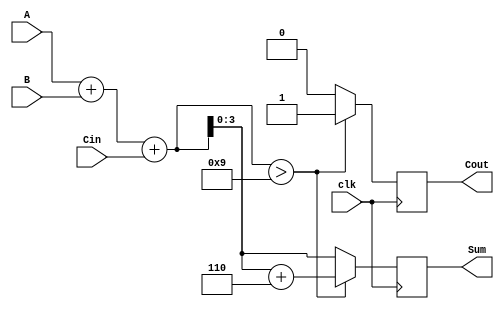
module BCD_Synchronous_Adder (
    input wire [3:0] A,      // First BCD digit
    input wire [3:0] B,      // Second BCD digit
    input wire clk,          // Clock signal
    input wire Cin,          // Carry input for multi-digit addition
    output reg [3:0] Sum,    // BCD output
    output reg Cout          // Carry output
);

    reg [4:0] S;             // 5-bit sum to hold A + B + Cin

    always @(posedge clk) begin
        // Perform binary addition
        S = A + B + Cin;

        // Check if correction is needed
        if (S > 5'd9) begin
            // Apply correction by adding 6
            S = S + 5'd6;
            Cout = 1'b1;      // Set carry output
        end else begin
            Cout = 1'b0;      // No carry
        end

        // Assign the lower 4 bits to Sum
        Sum = S[3:0];
    end

endmodule